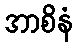
အာစိနံ